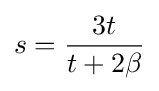
s={\frac {3t}{t+2\beta }}